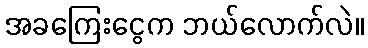
အခကြေးငွေက ဘယ်လောက်လဲ။